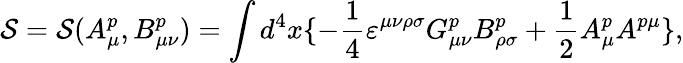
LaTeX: {\cal S}={\cal S}(A_{\mu}^{p},B_{\mu\nu}^{p})=\int{d^{4}}x\{ -\frac{1}{4}{\varepsilon}^{\mu\nu\rho\sigma}G_{\mu\nu}^{p}B_{\rho\sigma}^{p}+\frac{1}{2}A_{\mu}^{p}A^{p\mu}\} ,